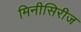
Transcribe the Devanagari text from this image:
मिनीसिरीज